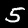
Digit: 5